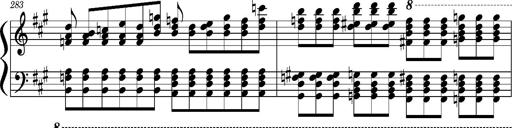
Title: Concerto sans orchestre, S.524a
Composer: Franz Liszt
Key: A major